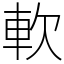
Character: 軟